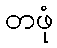
တဖုံ